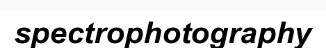
spectrophotography